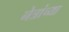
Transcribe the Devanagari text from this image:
नेत्रांच्या